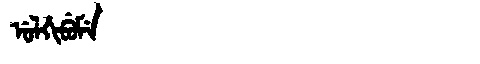
Manchu: ᡠᠯᡥᡳᠪᡠᠮᡝ
Romanization: ULHIBUME